Leaving Certificate Examination (including Day School Certificate (Higher) General paper), 1929
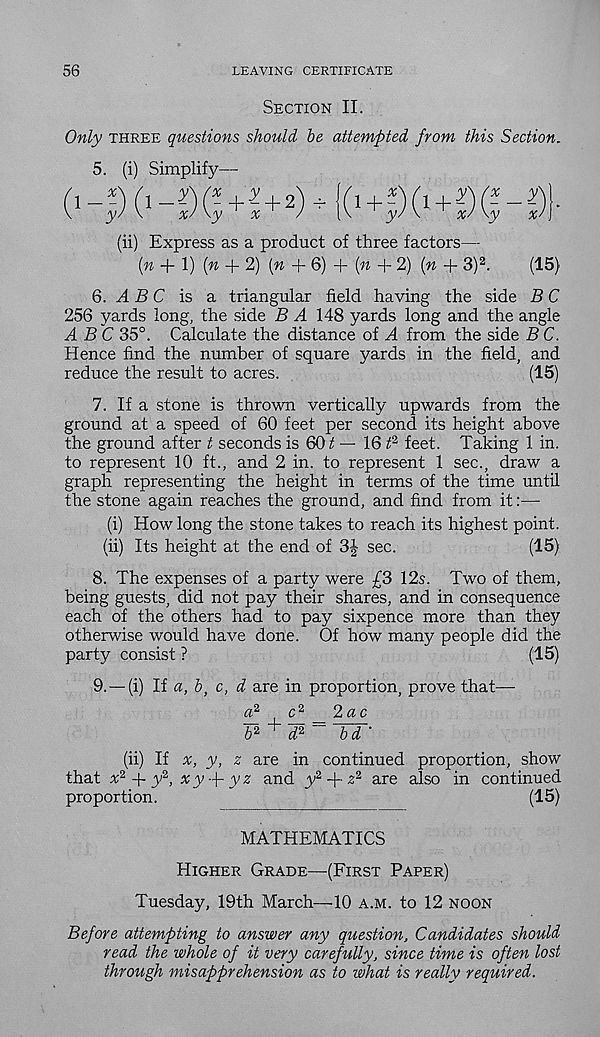
56
LEAVING CERTIFICATE
Section II.
Only three questions should he attempted from this Section.
5. (i) Simplify—
(ii) Express as a product of three factors—
(n + 1) (n + 2) (« -f 6) + (« +2) (n + 3) 2 .
(15}
6. A B C is a triangular field having the side B C
256 yards long, the side B A \AS yards long and the angle
ABC 35°. Calculate the distance of A from the side B C.
Hence find the number of square yards in the field, and
reduce the result to acres.
(15)
7. If a stone is thrown vertically upwards from the
ground at a speed of 60 feet per second its height above
the ground after t seconds is 60 £ — 16 0 feet. Taking 1 in.
to represent 10 ft., and 2 in. to represent 1 sec., draw a
graph representing the height in terms of the time until
the stone again reaches the ground, and find from it:—
(i) How long the stone takes to reach its highest point.
(ii) Its height at the end of 3J sec.
(15)
8. The expenses of a party were £3 12s. Two of them,
being guests, did not pay their shares, and in consequence
each of the others had to pay sixpence more than they
otherwise would have done. Of how many people did the
party consist ?
(15)
9. —(i) If a, 6, c, d are in proportion, prove that—
a 2
c 2 _2 a c
b 2+ 'd 2^ Td'
(ii) If x, y, z are in continued proportion, show
that x 2 y 2 , x y --f y z and y 2 +
are also in continued
proportion.
(15)
MATHEMATICS
Higher Grade—(First Paper)
Tuesday, 19th March—10 a.m. to 12 noon
Before attempting to answer any question. Candidates should
read the whole of it very carefully, since time is often lost
through misapprehension as to what is really required.